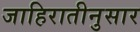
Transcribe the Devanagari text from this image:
जाहिरातीनुसार